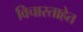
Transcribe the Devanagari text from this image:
विचारताहेत